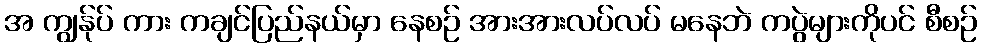
အ ကျွန်ုပ် ကား ကချင်ပြည်နယ်မှာ နေစဉ် အားအားလပ်လပ် မနေဘဲ ကပွဲများကိုပင် စီစဉ်